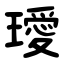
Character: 璦